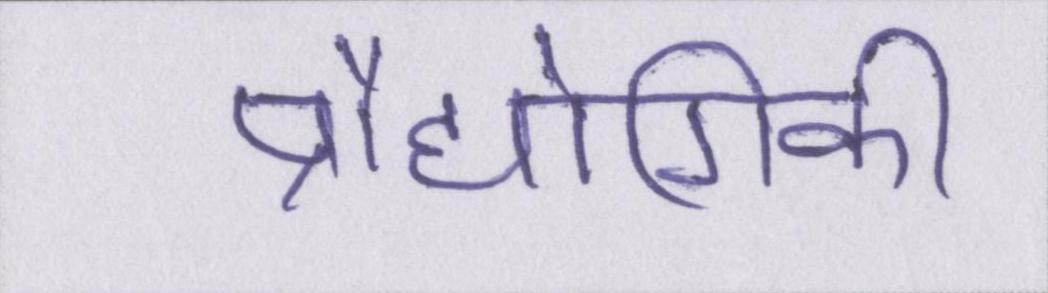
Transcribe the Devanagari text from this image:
प्रौद्योगिकी